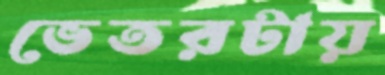
ভেতরটায়